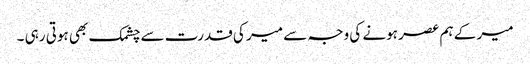
میر کے ہم عصر ہونے کی وجہ سے میر کی قدرت سے چشمک بھی ہوتی رہی ۔